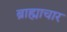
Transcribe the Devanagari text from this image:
ब्राह्माचार